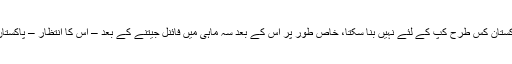
پاکستان کس طرح کپ کے لئے نہیں بنا سکتا، خاص طور پر اس کے بعد سہ ماہی میں فائنل جیتنے کے بعد – اس کا انتظار – پاکستان؟